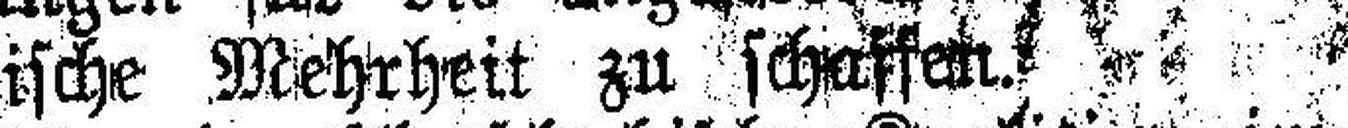
###rische Mehrheit zu schaffen.